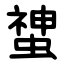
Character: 䗝